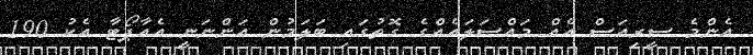
އެންމެ ސީރިއަސް އެއް މައްސަލައެއްްގެ ގޮތުގައި ބަލަމުން އަންނަނީ އެއާޕޯޓާ އެކު 190